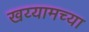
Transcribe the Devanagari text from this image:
खय्यामच्या